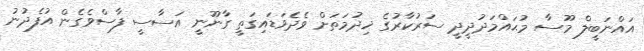
އައްނަބީލް މޫސާ މުޙައްމަދުދީދީ ސަރުކާރުގެ ޚިދުމަތަށް ވެދެވަޑައިގަތީ ގާނޫނީ އަސާސީ ފާސްވެގެން އުފެދުނު